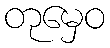
တုမှေဝ